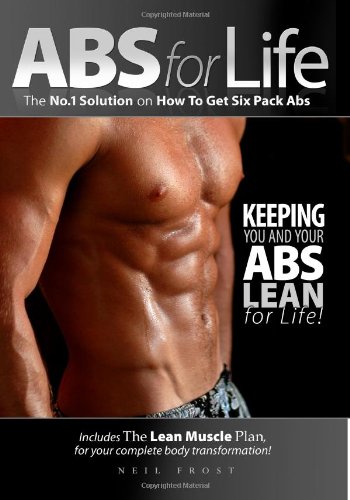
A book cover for ABS for Life: The No. 1 Solution on How to Get Six Pack Abs; Neil Frost; Health, Fitness & Dieting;